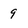
Character: 9